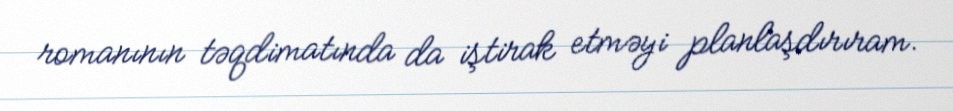
romanının təqdimatında da iştirak etməyi planlaşdırıram.